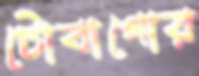
টোবাগোর